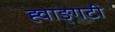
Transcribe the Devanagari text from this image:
ह्वाङ्‌गटी